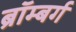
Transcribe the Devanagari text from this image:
ब्रॉम्बर्ग